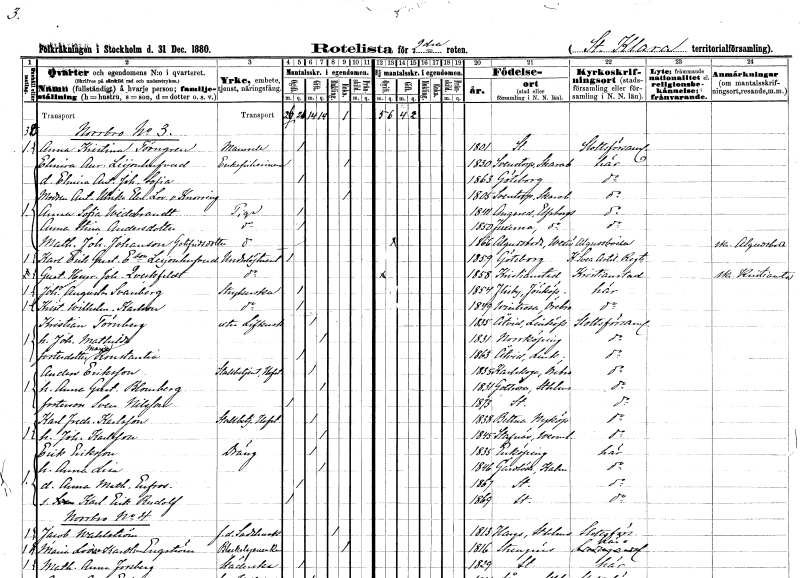
gt_parse: households: individuals: FN: Anna Kristina
EN: Törngren
KON: K
CIV: O
FODAR: 1801
FODFORS: Stockholm
FN: Elmira Aurora
EN: Leijonhufvud
KON: K
CIV: E
FODAR: 1830
FODFORS: Sventorp Skaraborgs län
FN: Elmira Antonia Johanna Sofia
KON: K
CIV: O
FODAR: 1863
FODFORS: Göteborg Göteborgs- och Bohuslän
FN: Antonia Ulrika Eleonora Lovisa
EN: von Knorring
KON: K
CIV: E
FODAR: 1805
FODFORS: Sventorp Skaraborgs län
FN: Anna Sofia
EN: Widebrandt
YRKE: Piga
KON: K
CIV: O
FODAR: 1841
FODFORS: Angered Göteborgs- och Bohuslän
FN: Anna Stina
EN: Andersdotter
YRKE: Piga
KON: K
CIV: O
FODAR: 1850
FODFORS: Fuxerna Älvsborgs län
FN: Mathilda Johanna
EN: Johansson Gottfridsdotter
YRKE: Piga
KON: K
CIV: O
FODAR: 1866
FODFORS: Algutsboda Kalmar län
FN: Karl Erik Gustaf
EN: E:son Leijonhufvud
YRKE: Underlöjtnant
KON: M
CIV: O
FODAR: 1859
FODFORS: Göteborg Göteborgs- och Bohuslän
FN: Gustaf Henrik Johan
EN: Qveckfeldt
YRKE: Underlöjtnant
KON: M
CIV: O
FODAR: 1858
FODFORS: Kristianstad Kristianstads län
FN: Johanna Augusta
EN: Svanberg
YRKE: Strykerska
KON: K
CIV: O
FODAR: 1854
FODFORS: Flisby Jönköpings län
FN: Kristina Wilhelmina
EN: Karlsson
YRKE: Strykerska
KON: K
CIV: O
FODAR: 1849
FODFORS: Vintrosa Örebro län
FN: Kristian
EN: Törnberg
YRKE: Livkusk extra
KON: M
CIV: G
FODAR: 1835
FODFORS: Åtvid Östergötlands län
FN: Johanna Matilda
KON: K
CIV: G
FODAR: 1831
FODFORS: Norrköping Östergötlands län
FN: Maria Konstantia
KON: K
CIV: O
FODAR: 1863
FODFORS: Åtvid Östergötlands län
FN: Anders
EN: Eriksson
YRKE: Stallbetjänt vid Hovstallet
KON: M
CIV: G
FODAR: 1835
FODFORS: Karlskoga Örebro län
FN: Anna Gustafva
EN: Blomberg
KON: K
CIV: G
FODAR: 1831
FODFORS: Gottröra Stockholms län
FN: Sven
EN: Nilsson
KON: M
CIV: O
FODAR: 1873
FODFORS: Stockholm
FN: Karl Fredrik
EN: Karlsson
YRKE: Stallbetjänt vid Hovstallet
KON: M
CIV: G
FODAR: 1838
FODFORS: Bettna Södermanlands län
FN: Johanna
EN: Karlsson
KON: K
CIV: G
FODAR: 1845
FODFORS: Stavnäs Värmlands län
FN: Erik
EN: Eriksson
YRKE: Dräng
KON: M
CIV: G
FODAR: 1835
FODFORS: Enköping Uppsala län
FN: Anna Lisa
KON: K
CIV: G
FODAR: 1846
FODFORS: Gärdslösa Kalmar län
FN: Anna Mathilda Eufrosyne
KON: K
CIV: O
FODAR: 1867
FODFORS: Stockholm
FN: Karl Erik Rudolf
KON: M
CIV: O
FODAR: 1869
FODFORS: Stockholm